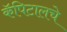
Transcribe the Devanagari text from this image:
कॅपिटालचे